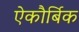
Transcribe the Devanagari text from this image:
ऐकौर्बिक